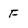
Character: F